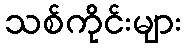
သစ်ကိုင်းများ